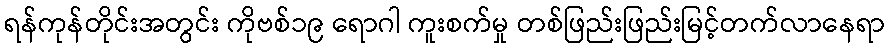
ရန်ကုန်တိုင်းအတွင်း ကိုဗစ်၁၉ ရောဂါ ကူးစက်မှု တစ်ဖြည်းဖြည်းမြင့်တက်လာနေရာ